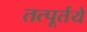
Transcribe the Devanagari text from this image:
तत्पूर्तये